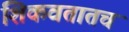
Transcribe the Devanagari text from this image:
शिकवतातच